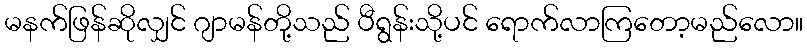
မနက်ဖြန်ဆိုလျှင် ဂျာမန်တို့သည် ပီရွန်းသို့ပင် ရောက်လာကြတော့မည်လော။